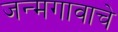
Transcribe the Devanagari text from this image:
जन्मगावाचे